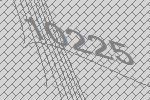
10225